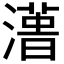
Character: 𱩑